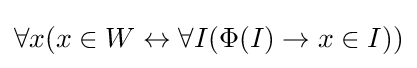
\forall x(x\in W\leftrightarrow \forall I(\Phi (I)\to x\in I))